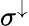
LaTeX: \sigma^{\downarrow}